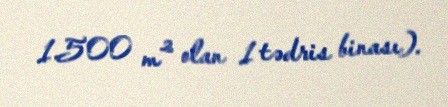
1.500 m² olan 1 tədris binası).